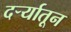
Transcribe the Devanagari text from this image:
दर्र्‍यातून